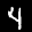
Label: 4